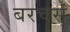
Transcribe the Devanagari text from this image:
बरचसं